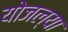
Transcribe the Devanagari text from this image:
योजल्या